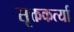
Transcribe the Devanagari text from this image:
सूक्तकर्त्या